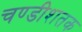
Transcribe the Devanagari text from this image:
चण्डीशतक